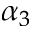
\alpha _ { 3 }